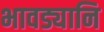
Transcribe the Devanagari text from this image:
भावड्यानि